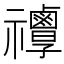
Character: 𥜯